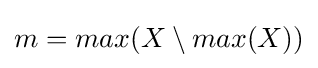
m=max(X\setminus max(X))